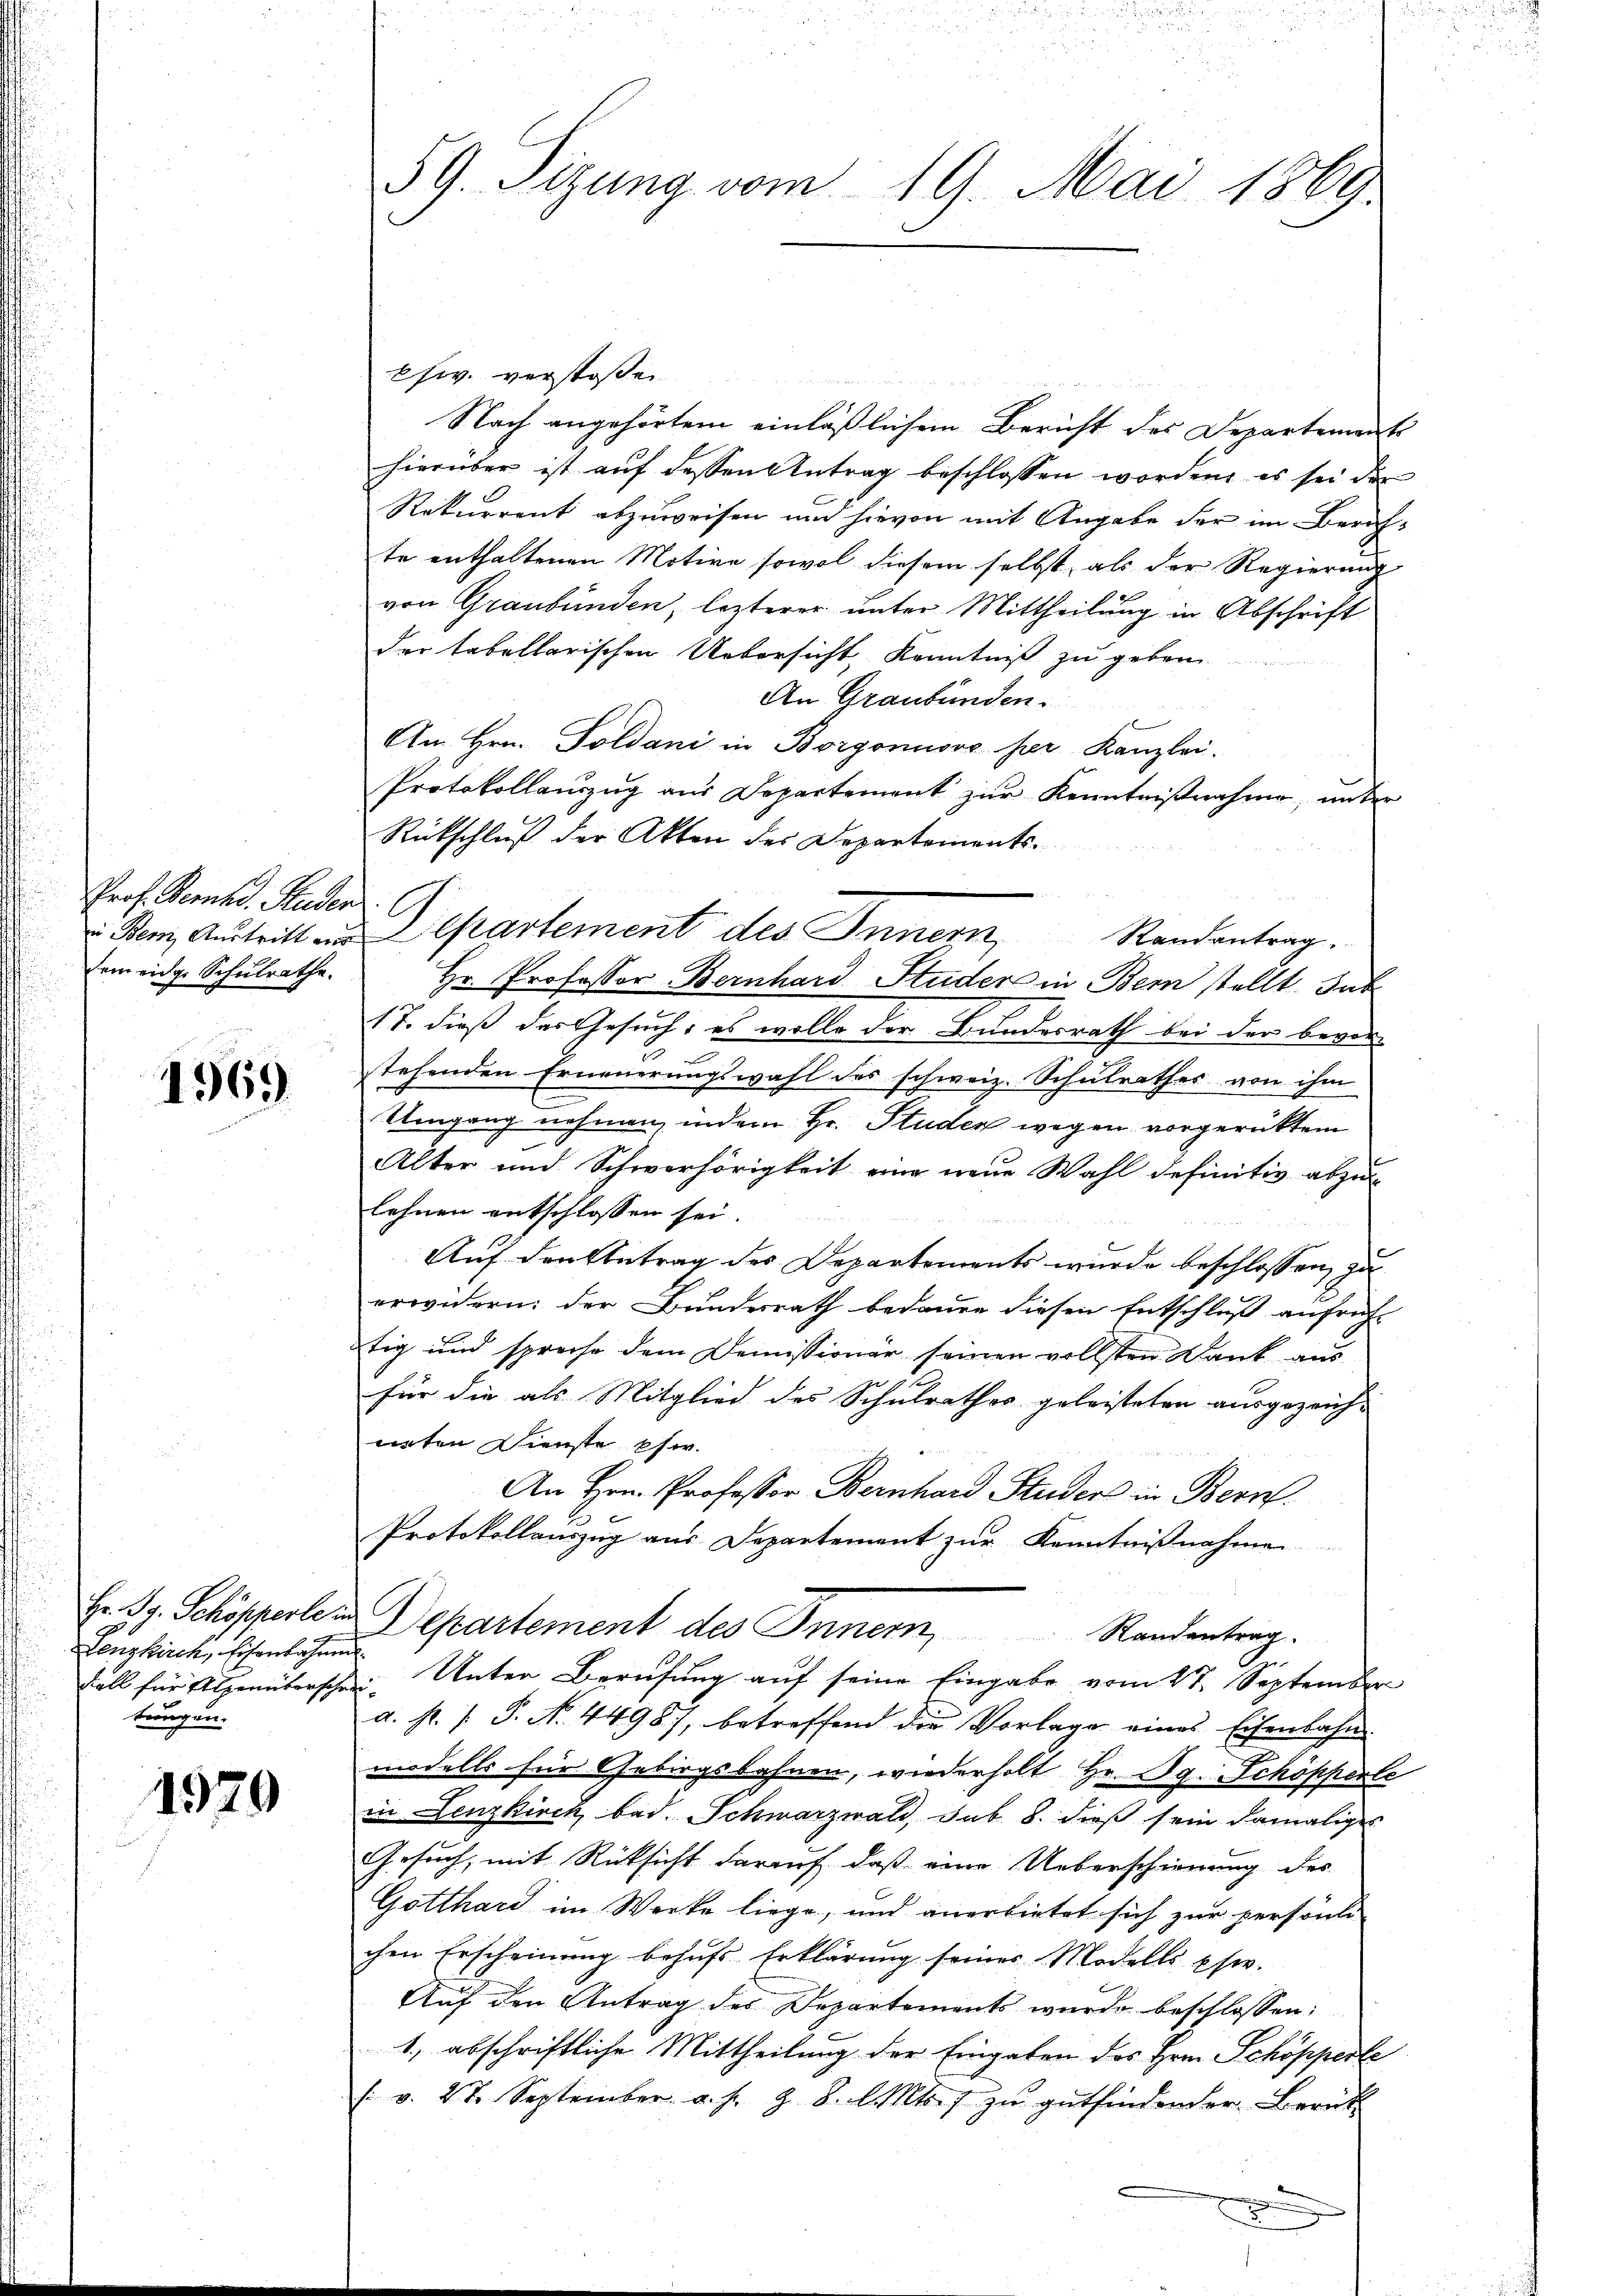
Prof. Bernhd. Studen
sein riege Schulrathe.

1969

Lenzkirch, Eisenbahnen.
Fall für Alpenterscheitungen.

1979

59. Sizung vom 19. Mai 1869.

efw. verstoßen
Nach angehörtem einläßlichem Bericht des Departements
hierüber ist aŭf dessen Antrag beschlossen worden, es sei der
Rekurrent abzuweisen und hievon mit Angabe der im Zürichte enthaltenen Motive sowol diesem selbst, als der Regierung
von Graubünden, lezterer unter Mittheilung in Abschrift
der tabellarischen Uebersicht, Kenntniß zu geben
An Graubünden.
Am Hrn. Soldani in Borgonuovo ser Kanzlei.
Protokollaŭszŭg aŭs Departement zŭr Kenntniβnahme, unter
Rückschluß der Akten des Departements¬
Bem, Aŭstritt an Departement des Innern Randantrag.
Hr. Professor Bernhard Studer in Bern stellt. Sub
17. dieß der Gesuch: es wolle der Bundesrath bei der bevor-
stehenden Erneuerungswahl des schweiz. Schulrathes von ihm
Umgang nehmen, indem Hr. Studen wegen vorgerückten
Alter und Schwerhörigkeit eine neue Wahl definitiv abzu-
lehnen entschlossen sei.
Auf den Betrag des Departements wurde beschlossen, zu
erwidern: der Bundesrath bedaure diesen Entschluß aufrecht
tig und spreche dem Demissionär seinen vollsten Dank aus
für die als Mitglied des Schulrathes geleisteten ausgezeich-
iirten Dienste Ew.
An Hrn. Professor Bernhard Studen in Bern.
Protokollauszug aus Departement zur Kenntnißnahme
Hr. Rg. Schöpperte in Departement des Innern, Randentrag.
Unter Berufung auf seine Eingabe vom 27. September
a. P. P. P. N. 4498), betreffend die Vorlage eines Eisenbahn-
modells für Gebirgsbahnen, wiederholt Hr. Og. Schöpferle
in Lenzkirch bad. Schwarzwald, sub. 8. dieß sein damaliges
Gesuch, mit Rücksicht darauf, daß eine Ueberschienung des
Gotthard im Werke liege, und anerbietet sich zur persönde
chen Erscheinung behufs Erklärung seines Modells sie
Auf den Antrag des Departements wurde beschlossen:
1., abschriftliche Mittheilung der Eingaben des Hrn. Schöpperte
(. v. 27. September a. s. z. B. l. Mts. zŭ gŭtfindender Berük-
u